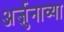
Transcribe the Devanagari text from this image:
अर्जुनाव्या